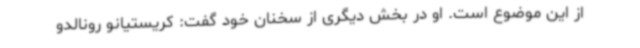
از این موضوع است. او در بخش دیگری از سخنان خود گفت: کریستیانو رونالدو